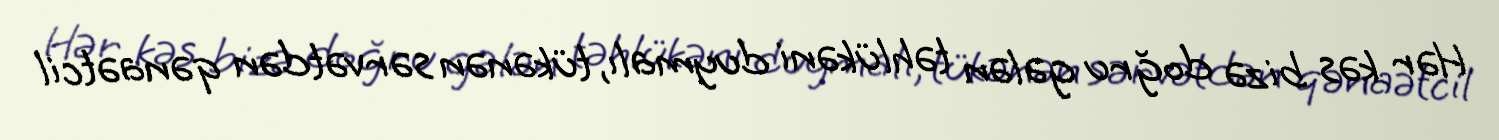
Hər kəs bizə doğru gələn təhlükəni duymalı, tükənən sərvətdən qənaətcil